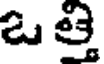
ఒత్తి